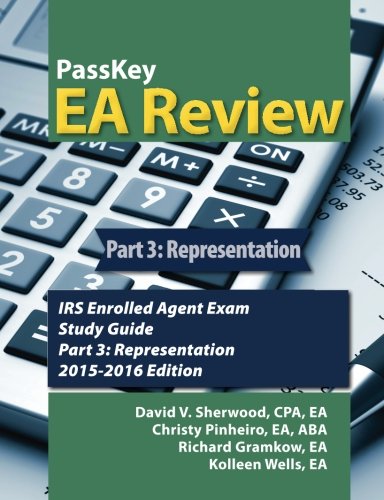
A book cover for PassKey EA Review Part 3: Representation: IRS Enrolled Agent Exam Study Guide 2015-2016 Edition (Volume 3); David V Sherwood; Law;